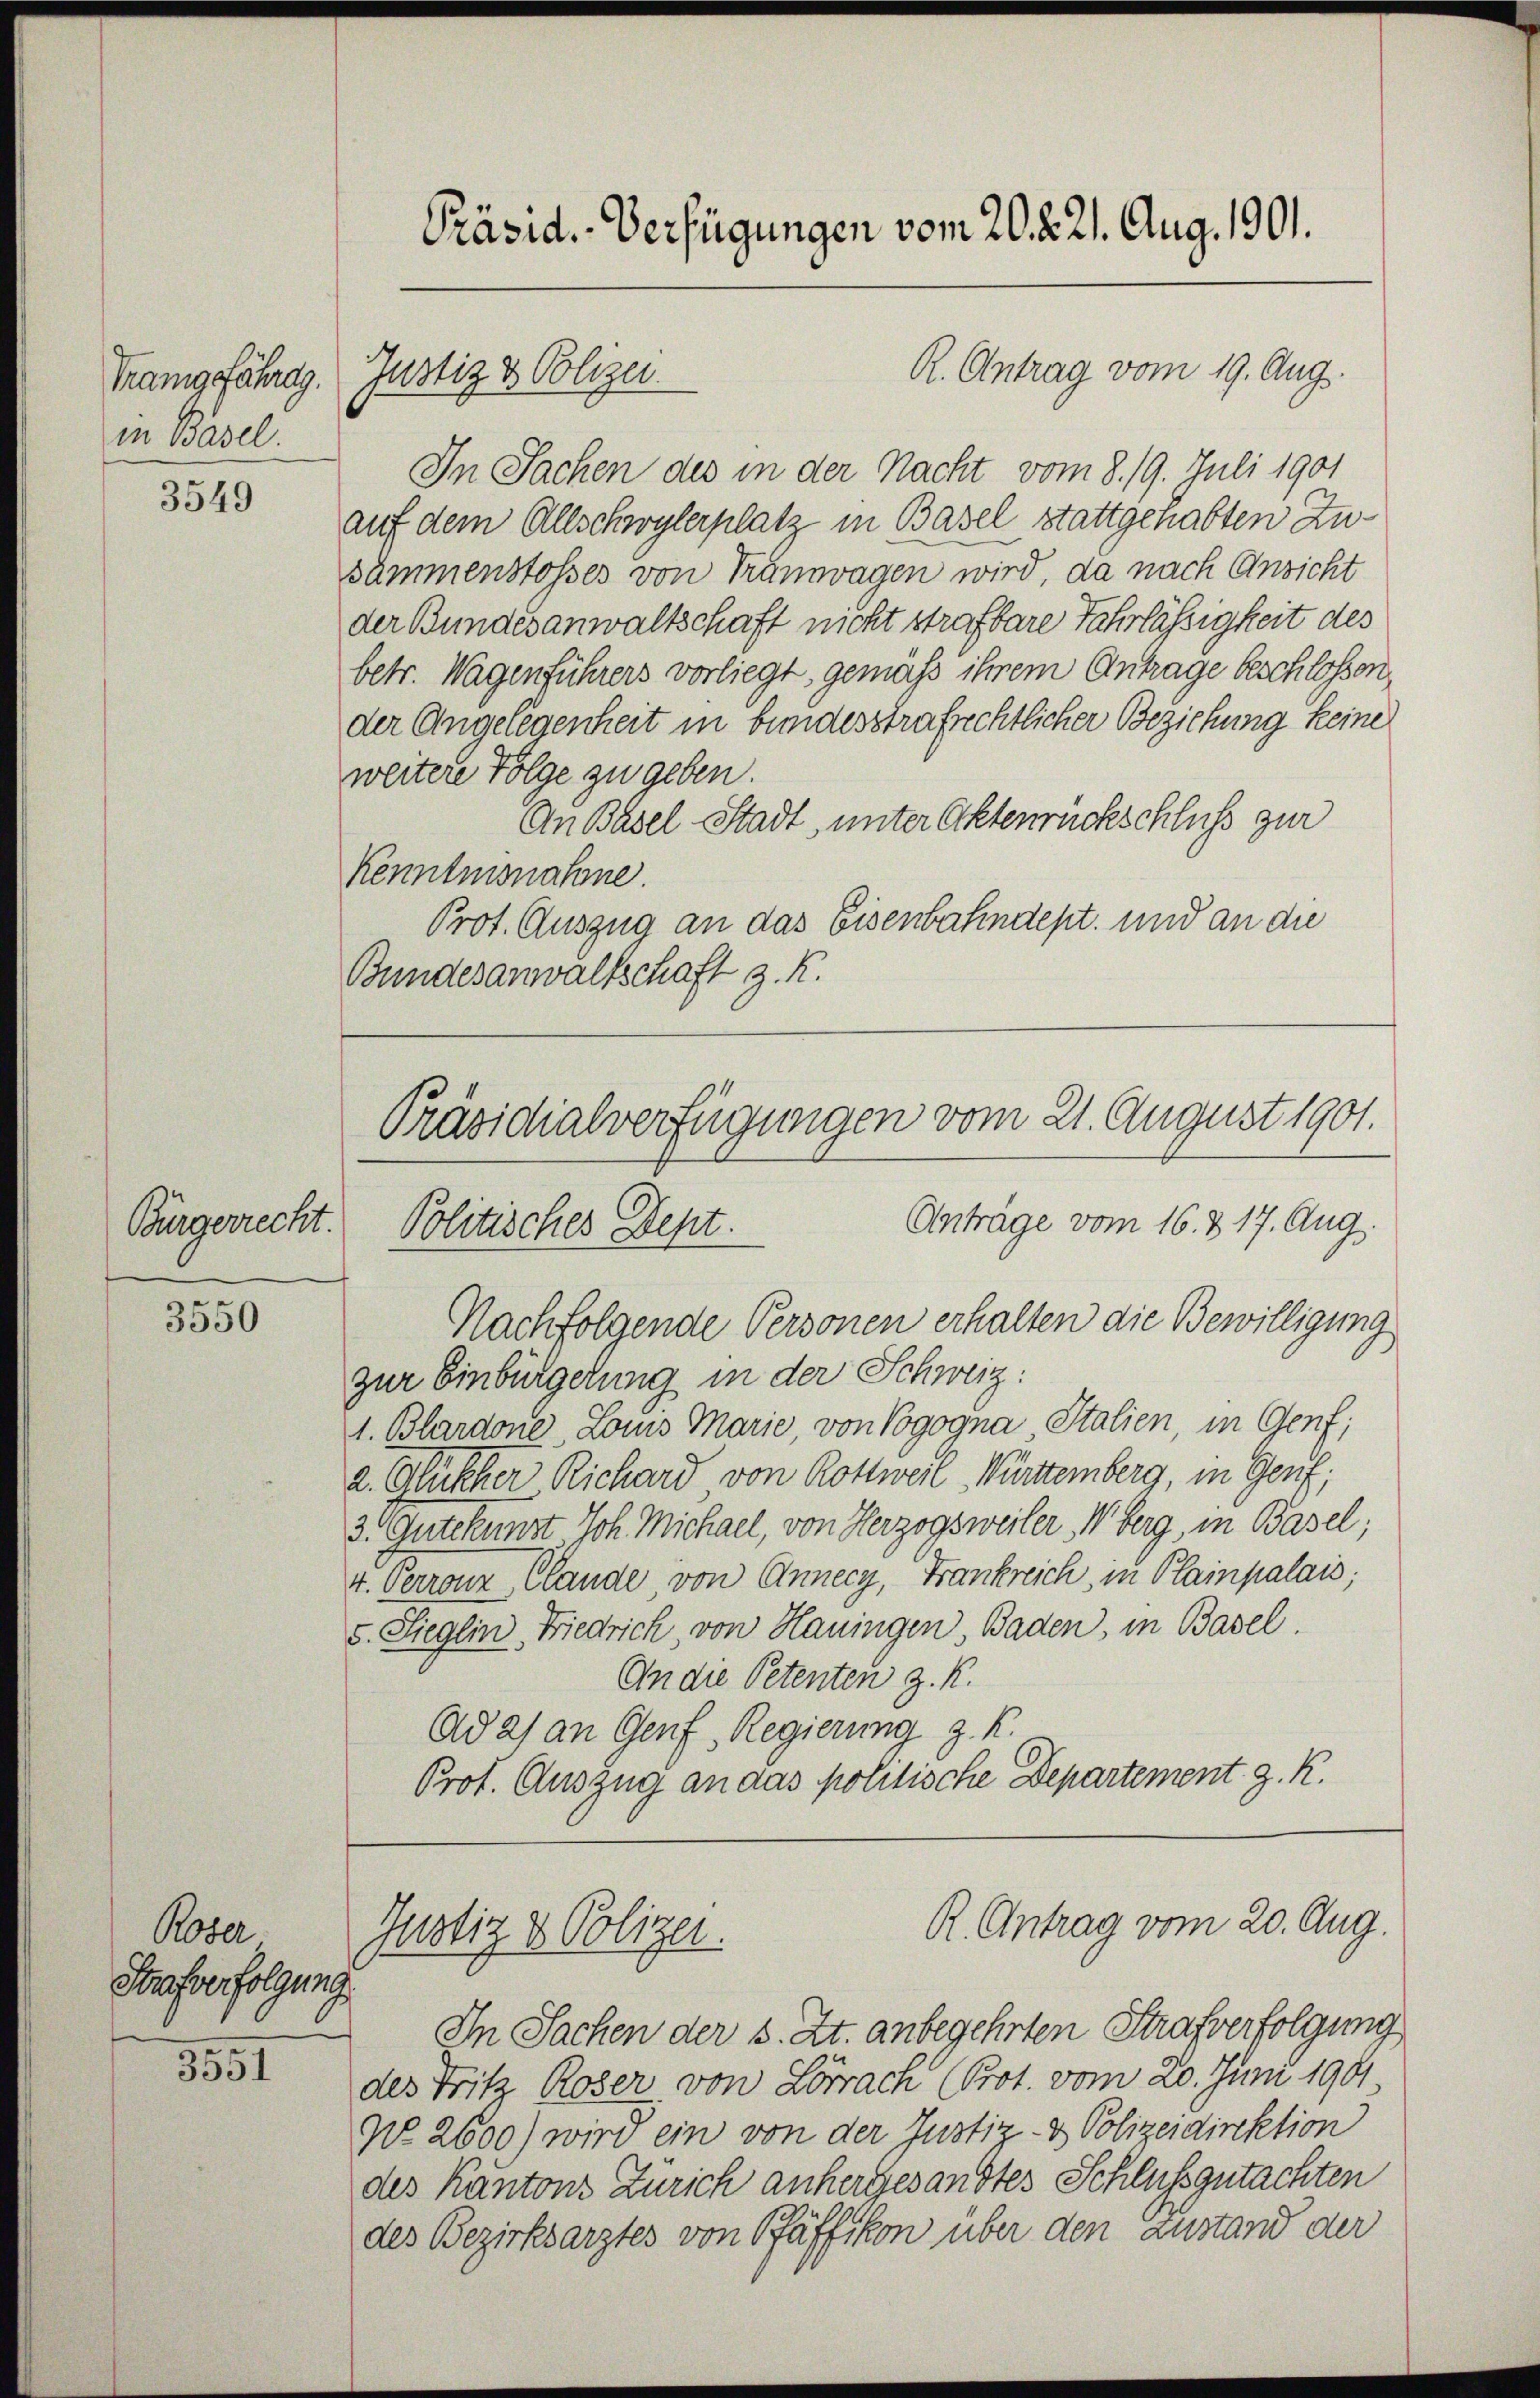
Trangefährag.
in Basel.

3549

Bürgerrecht.

3550

Roter
Strafverfolgung

3551

In Sachen des in der Nacht vom 8. 19. Juli 1901
auf dem Allschwylerplatz in Basel stattgehabten Zusammenstosses von Tramwagen wird, da nach Ansicht
der Bundesanwaltschaft nicht strafbare Fahrlässigkeit des
betr. Wagenführers vorliegt, gemäß ihrem Antrage beschlossen,
der Angelegenheit in bundesstrafrechtlicher Beziehung keine
weitere Folge zu geben.
An Basel-Stadt, unter Aktenrückschluß zur
Kenntnisnahme
Prot. Auszug an das Eisenbahndept, und an die
Bundesanwaltschaft z. R.

Präsid.-Verfügungen vom 20. 221. Aug. 1901.

Justiz & Polizei.

R. Antrag vom 19. Aug.

Präsidialverfügungen vom 21. August 1901.
Anträge vom 16. d. 17. Aug.
Politisches Dept.

Nachfolgende Personen erhalten die Bewilligung
zur Einbürgerung in der Schweiz:
1. Blardone Louis Marie, von Vogogna Stalien, in Genf;
2. Alther Richard von Rottweil Württemberg, in Genf;
3. Gutekunst Joh. Michael, von Herzogsweiler Weberg, in Basel;
4. Perronz Clande, von Annecy, Frankreich, in Plainpalais;
5. Sieglin Niedrich von Hauingen, Baden, in Basel.
An die Petenten z. K.
Ad 2) an Genf, Regierung z. K.
Prof. Auszug an das politische Departement z. R.

R. Antrag vom 20. Aug.
Justiz & Polizei.

In Sachen der s. Zt. anbegehrten Strafverfolgung
des Fritz Roser von Lörrach (Prot. vom 20. Juni 1901.
No. 2600) wird ein von der Justiz- & Polizeidirektion
des Kantons Zürich anhergesandtes Schlussgutachten
des Bezirksarztes von Pfäffikon über den Zustand der